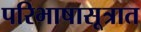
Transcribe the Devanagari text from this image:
परिभाषासूत्रात